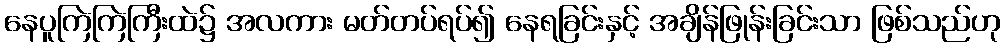
နေပူကြဲကြဲကြီးထဲ၌ အလကား မတ်တပ်ရပ်၍ နေရခြင်းနှင့် အချိန်ဖြုန်းခြင်းသာ ဖြစ်သည်ဟု